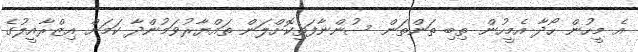
އެ މީހުން ހޯދާ އެމީހުން ތިބި ތަންތަން ސުންނާފަތިކޮށްލަން ތައްޔާރުވަމުންދާ ކަމަށް އިޒްރާއީލުގެ